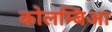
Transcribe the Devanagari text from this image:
कोलम्बिआ